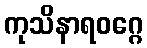
ကုသိနာရဝဂ္ဂေ